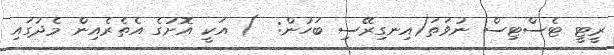
ރީޓީ ޓެސްޓިސް ނުވަތަ(އިނގިރޭސި ބަހުން:  ) އަކީ އޮށުގެ އެތެރެއިން މެދުގައި